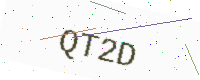
Text: QT2D